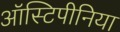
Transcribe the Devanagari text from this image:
ऑस्टिपीनिया